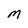
Character: M